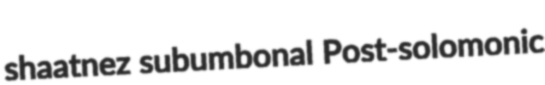
shaatnez subumbonal Post-solomonic